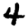
Digit: 4